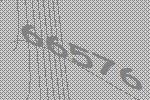
66576